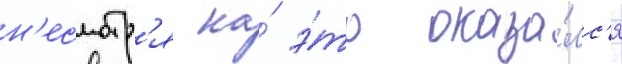
н'есмотр'я на́ э́то оказа́лс'я